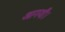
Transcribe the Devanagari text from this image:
आगयी।